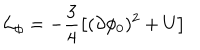
{ \cal L } _ { \phi } = - \frac { 3 } { 4 } \left[ ( \partial \phi _ { 0 } ) ^ { 2 } + U \right]